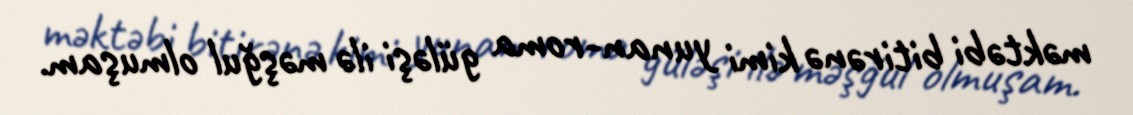
məktəbi bitirənə kimi yunan-roma güləşi ilə məşğul olmuşam.